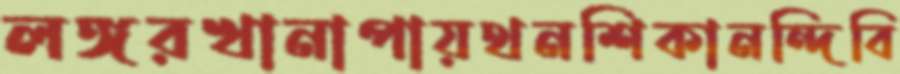
লঙ্গরখানাপায়থনশিকানন্দিবি